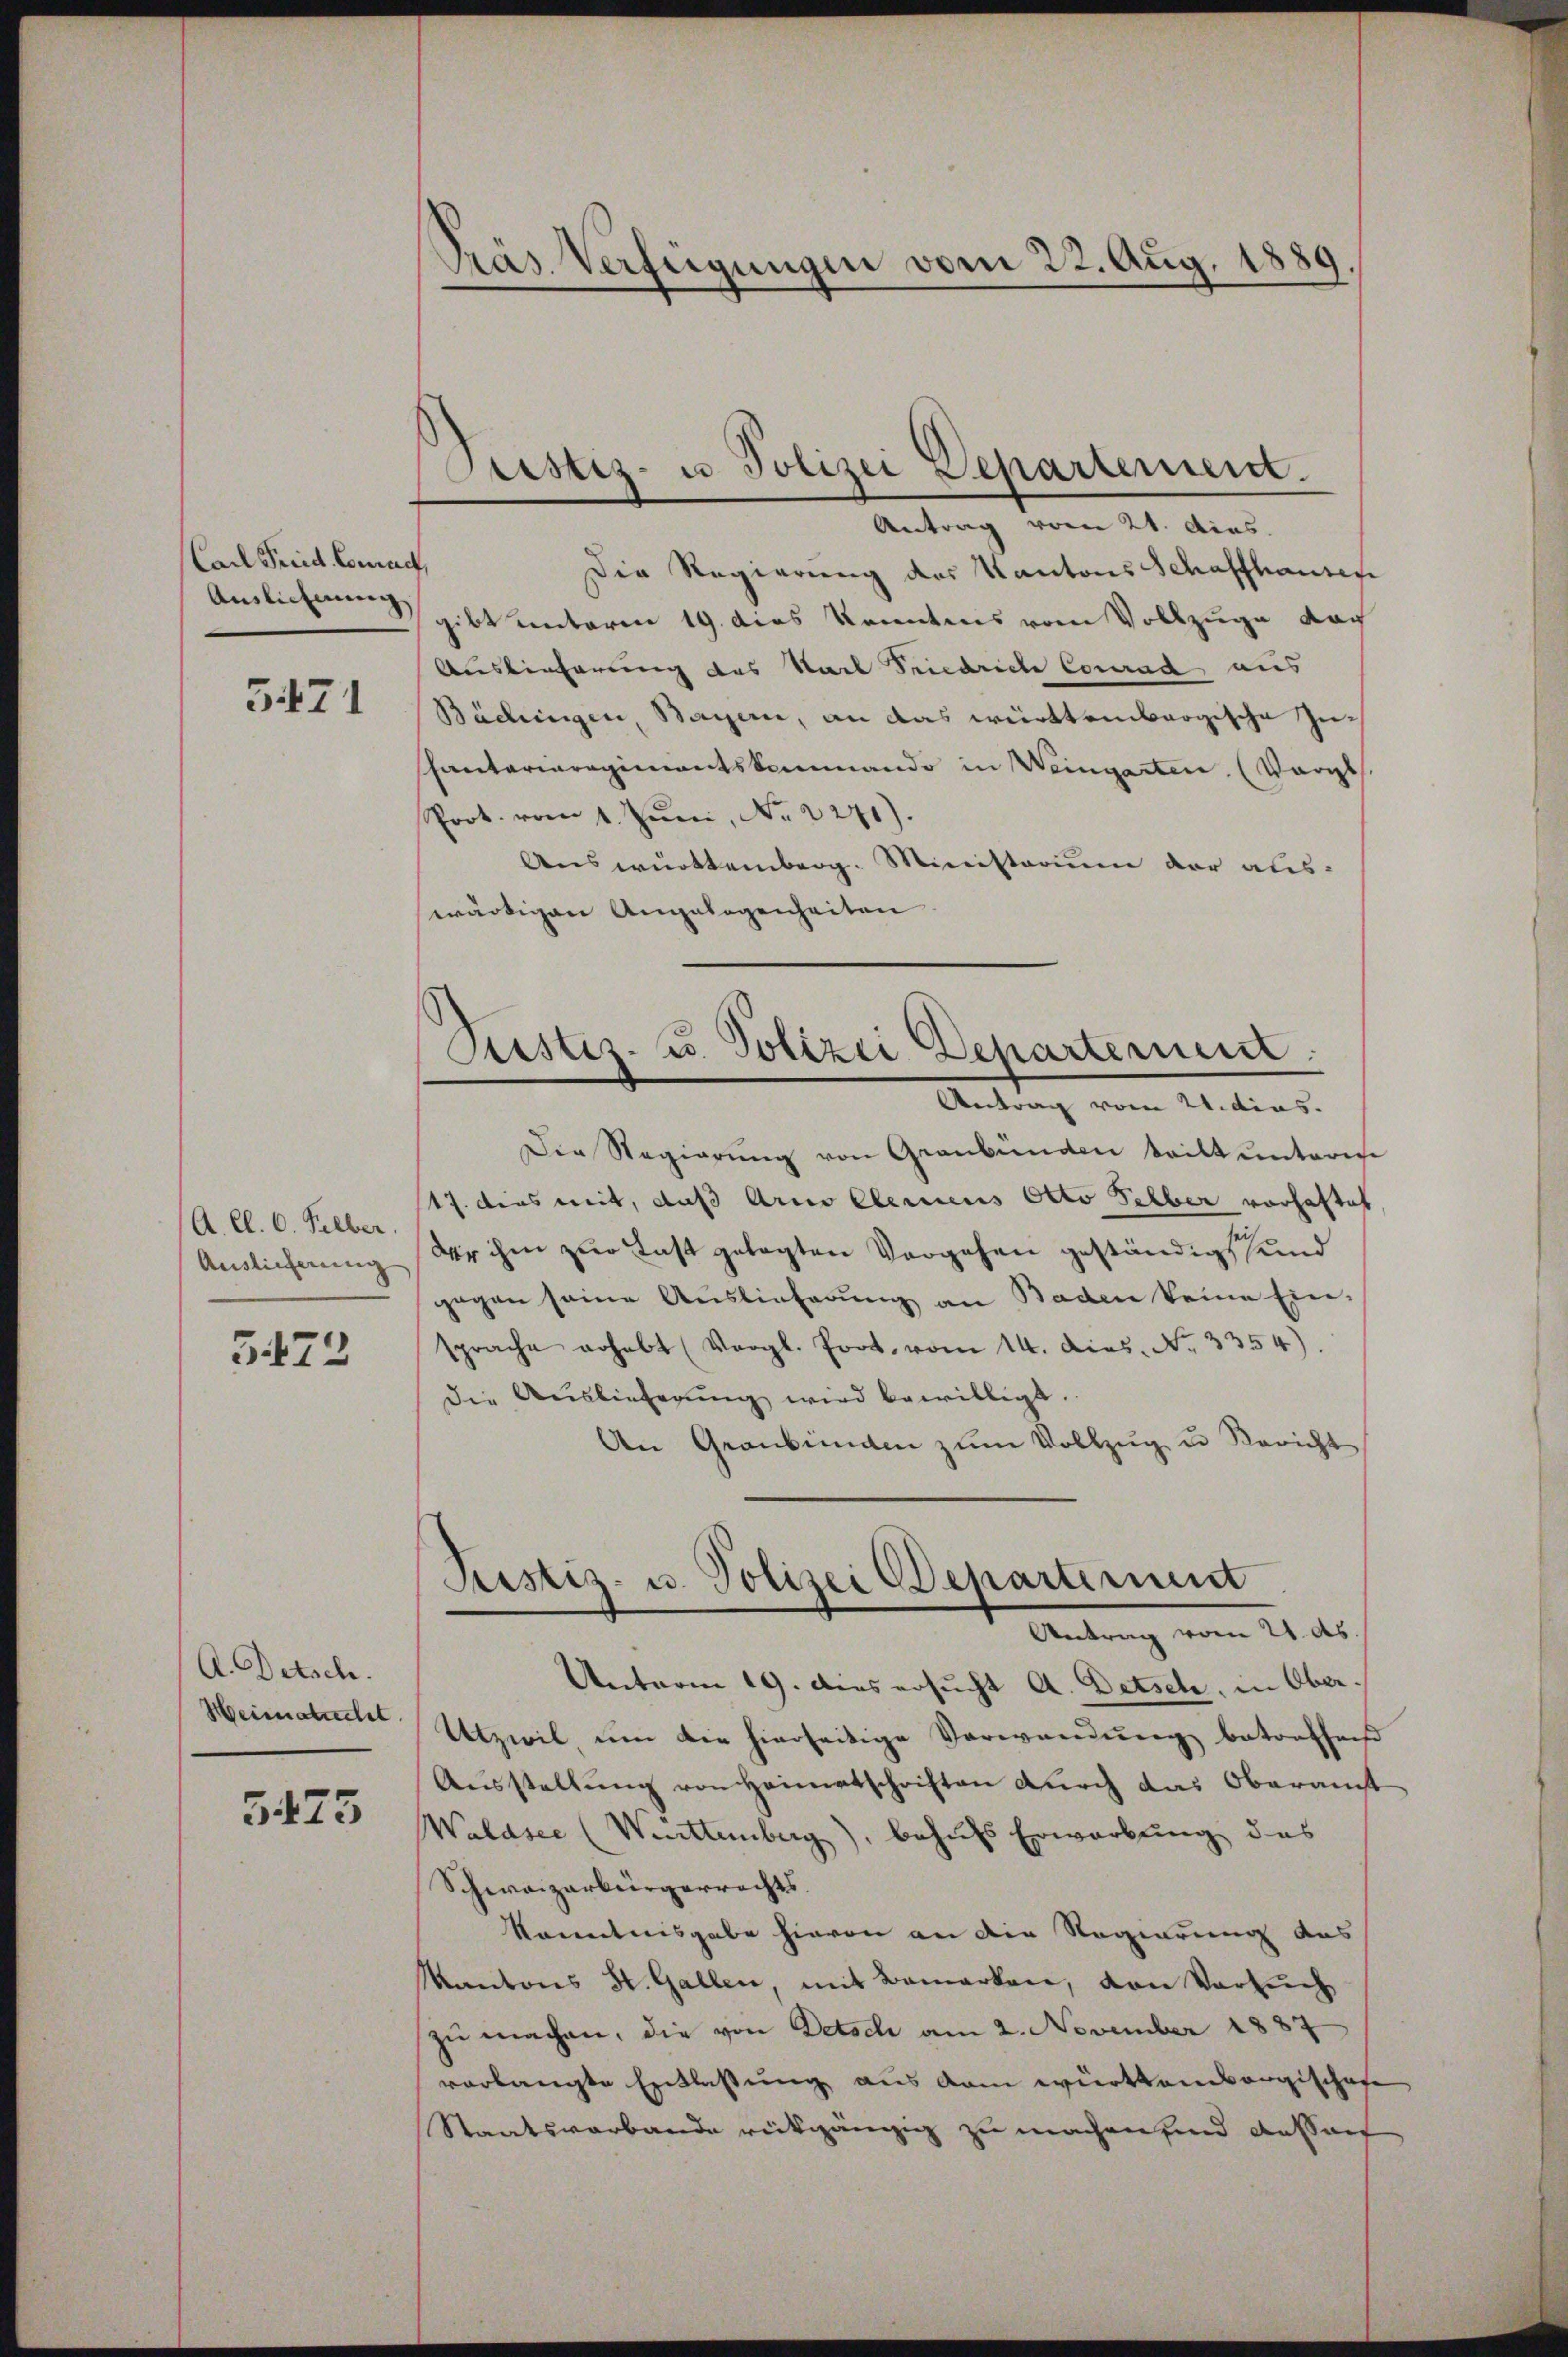
Carl Fried. Conach,
Auslichnung

5471

A. Cl. 6. Selber.
Auslieferung |
3472

A. Detsch.
Heimatrecht

5475

Präs. Verfeigungen vom 22. Aug. 1889.

Justiz- u. Polizei Departement.
Antrag vom 21. dies

Die Regierung des Kantons Schaffhausen
gibt unterm 19. dies konntens vom Vollzuge nach
Auslieferung des Karl Friedrich Conrad aus
Bächingen, Bayern, an das württembergische Zuhantarieregimentskommando in Weingarten. (Vergl
Prot. vom 1. Juni, No 2271).
Auswürttemberg. Ministerium der aus-
wärtigen Angelegenheiten.
Die Regierŭng von Graubünden tritt unterm
17. dies mit, daß Arno Clemens Otto selber vorhaftet
der ihm zur Last gelegten Vergehen geständigt und
gegen seine Auslieferung an Baden keine Ein-
sprache erhebt (Vergl. Prot. vom 14. Dies. No. 3354)
die Auslieferung wird bewilligt.
An Graubünden zŭm Vollzŭg u Bericht
Sistiz- u. Polizei Departement
Antrag vom 21. ds
Unterm 19. Dies ersucht A. Detsch, in Ober
Utzwil um die hierseitige Verwendung betreffend
Aŭsstellŭng von Heimatschriften durch das Oberamt
Walasie (Werttemberg), behufs Erwerbung des
Schweizerbürgerrechts
Kenntnisgabe hievon an die Regierung des
Kantons St. Gallen, mit Bemerken, von Versuch
zŭ machen, die von Detsch am 2. November 1887
verlangte Entlaßung aus kam württembergischafe
Staatsverbande rückgängig zu machen und Aussauf

Justiz- u. Polizei Departerunr
Antrag vom 21. dies